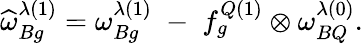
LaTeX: \widehat{\omega}_{Bg}^{\lambda(1)}=\omega_{Bg}^{\lambda(1)}\; -\; f_{g}^{Q(1)}\otimes\omega_{BQ}^{\lambda(0)}.